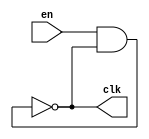
// This program was cloned from: https://github.com/sep-81/Digital-Logic-Design-Lab-Experiments
// License: MIT License

`timescale 1ps/1ps
module ring_osil(en,clk);
	input en;
	output clk;
	parameter N = 3;
	parameter D = 1;
	wire [0 : 2*N-1]w ;
	genvar i;
	generate
		for (i = 0; i < 2*N-1; i = i + 1) begin 
			 not#(D)X(w[i+1],w[i]);
		end
	endgenerate
	assign w[0] = en & w[2*N-1];
	assign clk = w[2*N-1];

endmodule